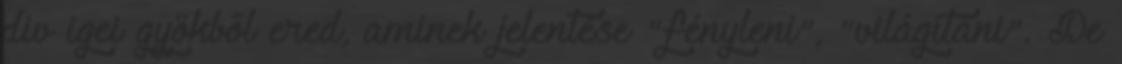
div igei gyökből ered, aminek jelentése "fényleni", "világítáni". De